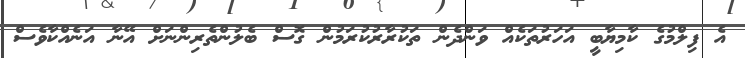
އެ ފިލްމުގެ ކާމިޔާބީ އަހަރުތަކެއް ވަންދެން ތަކުރާރުކުރަމުން ގޮސް ބެލުންތެރިންނަށް އޭނާ އަނެއްކާވެސް